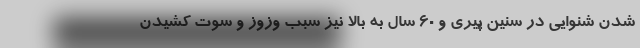
شدن شنوایی در سنین پیری و 60 سال به بالا نیز سبب وزوز و سوت کشیدن